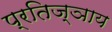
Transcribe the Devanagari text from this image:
प्रतिज्ञाय